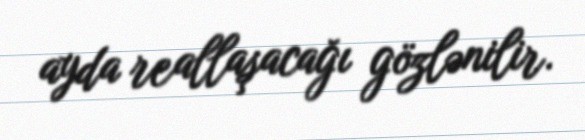
ayda reallaşacağı gözlənilir.